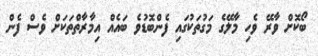
ބޯކޮށް ވާރޭ ވެހި މާލޭގެ މަގުތަކުގައި ފެންބޮޑުވެ ބައެއް އިމާރާތްތަކަށް ވެސް ފެން